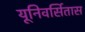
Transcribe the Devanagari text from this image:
यूनिवर्सितास